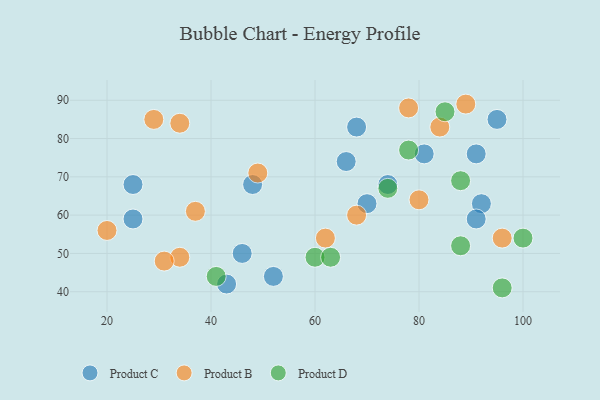
{"axis": {"x": "GDP", "y": "Life Expectancy"}, "legend": ["Product B", "Product C", "Product D"], "data": [{"x": "48", "y": 68, "type": "Product C"}, {"x": "92", "y": 63, "type": "Product C"}, {"x": "95", "y": 85, "type": "Product C"}, {"x": "52", "y": 44, "type": "Product C"}, {"x": "25", "y": 59, "type": "Product C"}, {"x": "81", "y": 76, "type": "Product C"}, {"x": "74", "y": 68, "type": "Product C"}, {"x": "46", "y": 50, "type": "Product C"}, {"x": "91", "y": 76, "type": "Product C"}, {"x": "68", "y": 83, "type": "Product C"}, {"x": "66", "y": 74, "type": "Product C"}, {"x": "43", "y": 42, "type": "Product C"}, {"x": "91", "y": 59, "type": "Product C"}, {"x": "70", "y": 63, "type": "Product C"}, {"x": "25", "y": 68, "type": "Product C"}, {"x": "34", "y": 49, "type": "Product B"}, {"x": "84", "y": 83, "type": "Product B"}, {"x": "96", "y": 54, "type": "Product B"}, {"x": "49", "y": 71, "type": "Product B"}, {"x": "89", "y": 89, "type": "Product B"}, {"x": "68", "y": 60, "type": "Product B"}, {"x": "78", "y": 88, "type": "Product B"}, {"x": "29", "y": 85, "type": "Product B"}, {"x": "80", "y": 64, "type": "Product B"}, {"x": "20", "y": 56, "type": "Product B"}, {"x": "62", "y": 54, "type": "Product B"}, {"x": "34", "y": 84, "type": "Product B"}, {"x": "31", "y": 48, "type": "Product B"}, {"x": "37", "y": 61, "type": "Product B"}, {"x": "88", "y": 52, "type": "Product D"}, {"x": "41", "y": 44, "type": "Product D"}, {"x": "78", "y": 77, "type": "Product D"}, {"x": "85", "y": 87, "type": "Product D"}, {"x": "60", "y": 49, "type": "Product D"}, {"x": "74", "y": 67, "type": "Product D"}, {"x": "88", "y": 69, "type": "Product D"}, {"x": "63", "y": 49, "type": "Product D"}, {"x": "100", "y": 54, "type": "Product D"}, {"x": "96", "y": 41, "type": "Product D"}]}